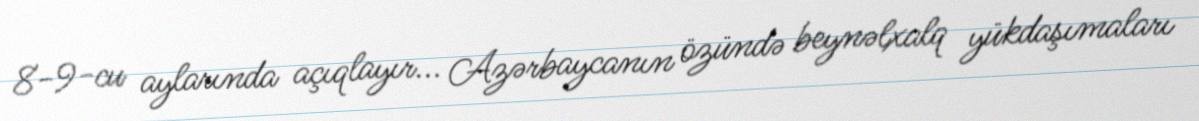
8-9-cu aylarında açıqlayır... Azərbaycanın özündə beynəlxalq yükdaşımaları